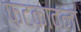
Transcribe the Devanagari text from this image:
फटकावला